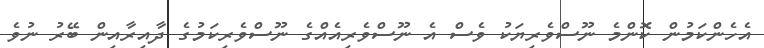
އެހެންކަމުން ކޮންމެ ނޫސްވެރިޔަކު ވެސް އެ ނޫސްވެރިއެއްގެ ނޫސްވެރިކަމުގެ ދާއިރާއިިން ބޭރު ނުވެ